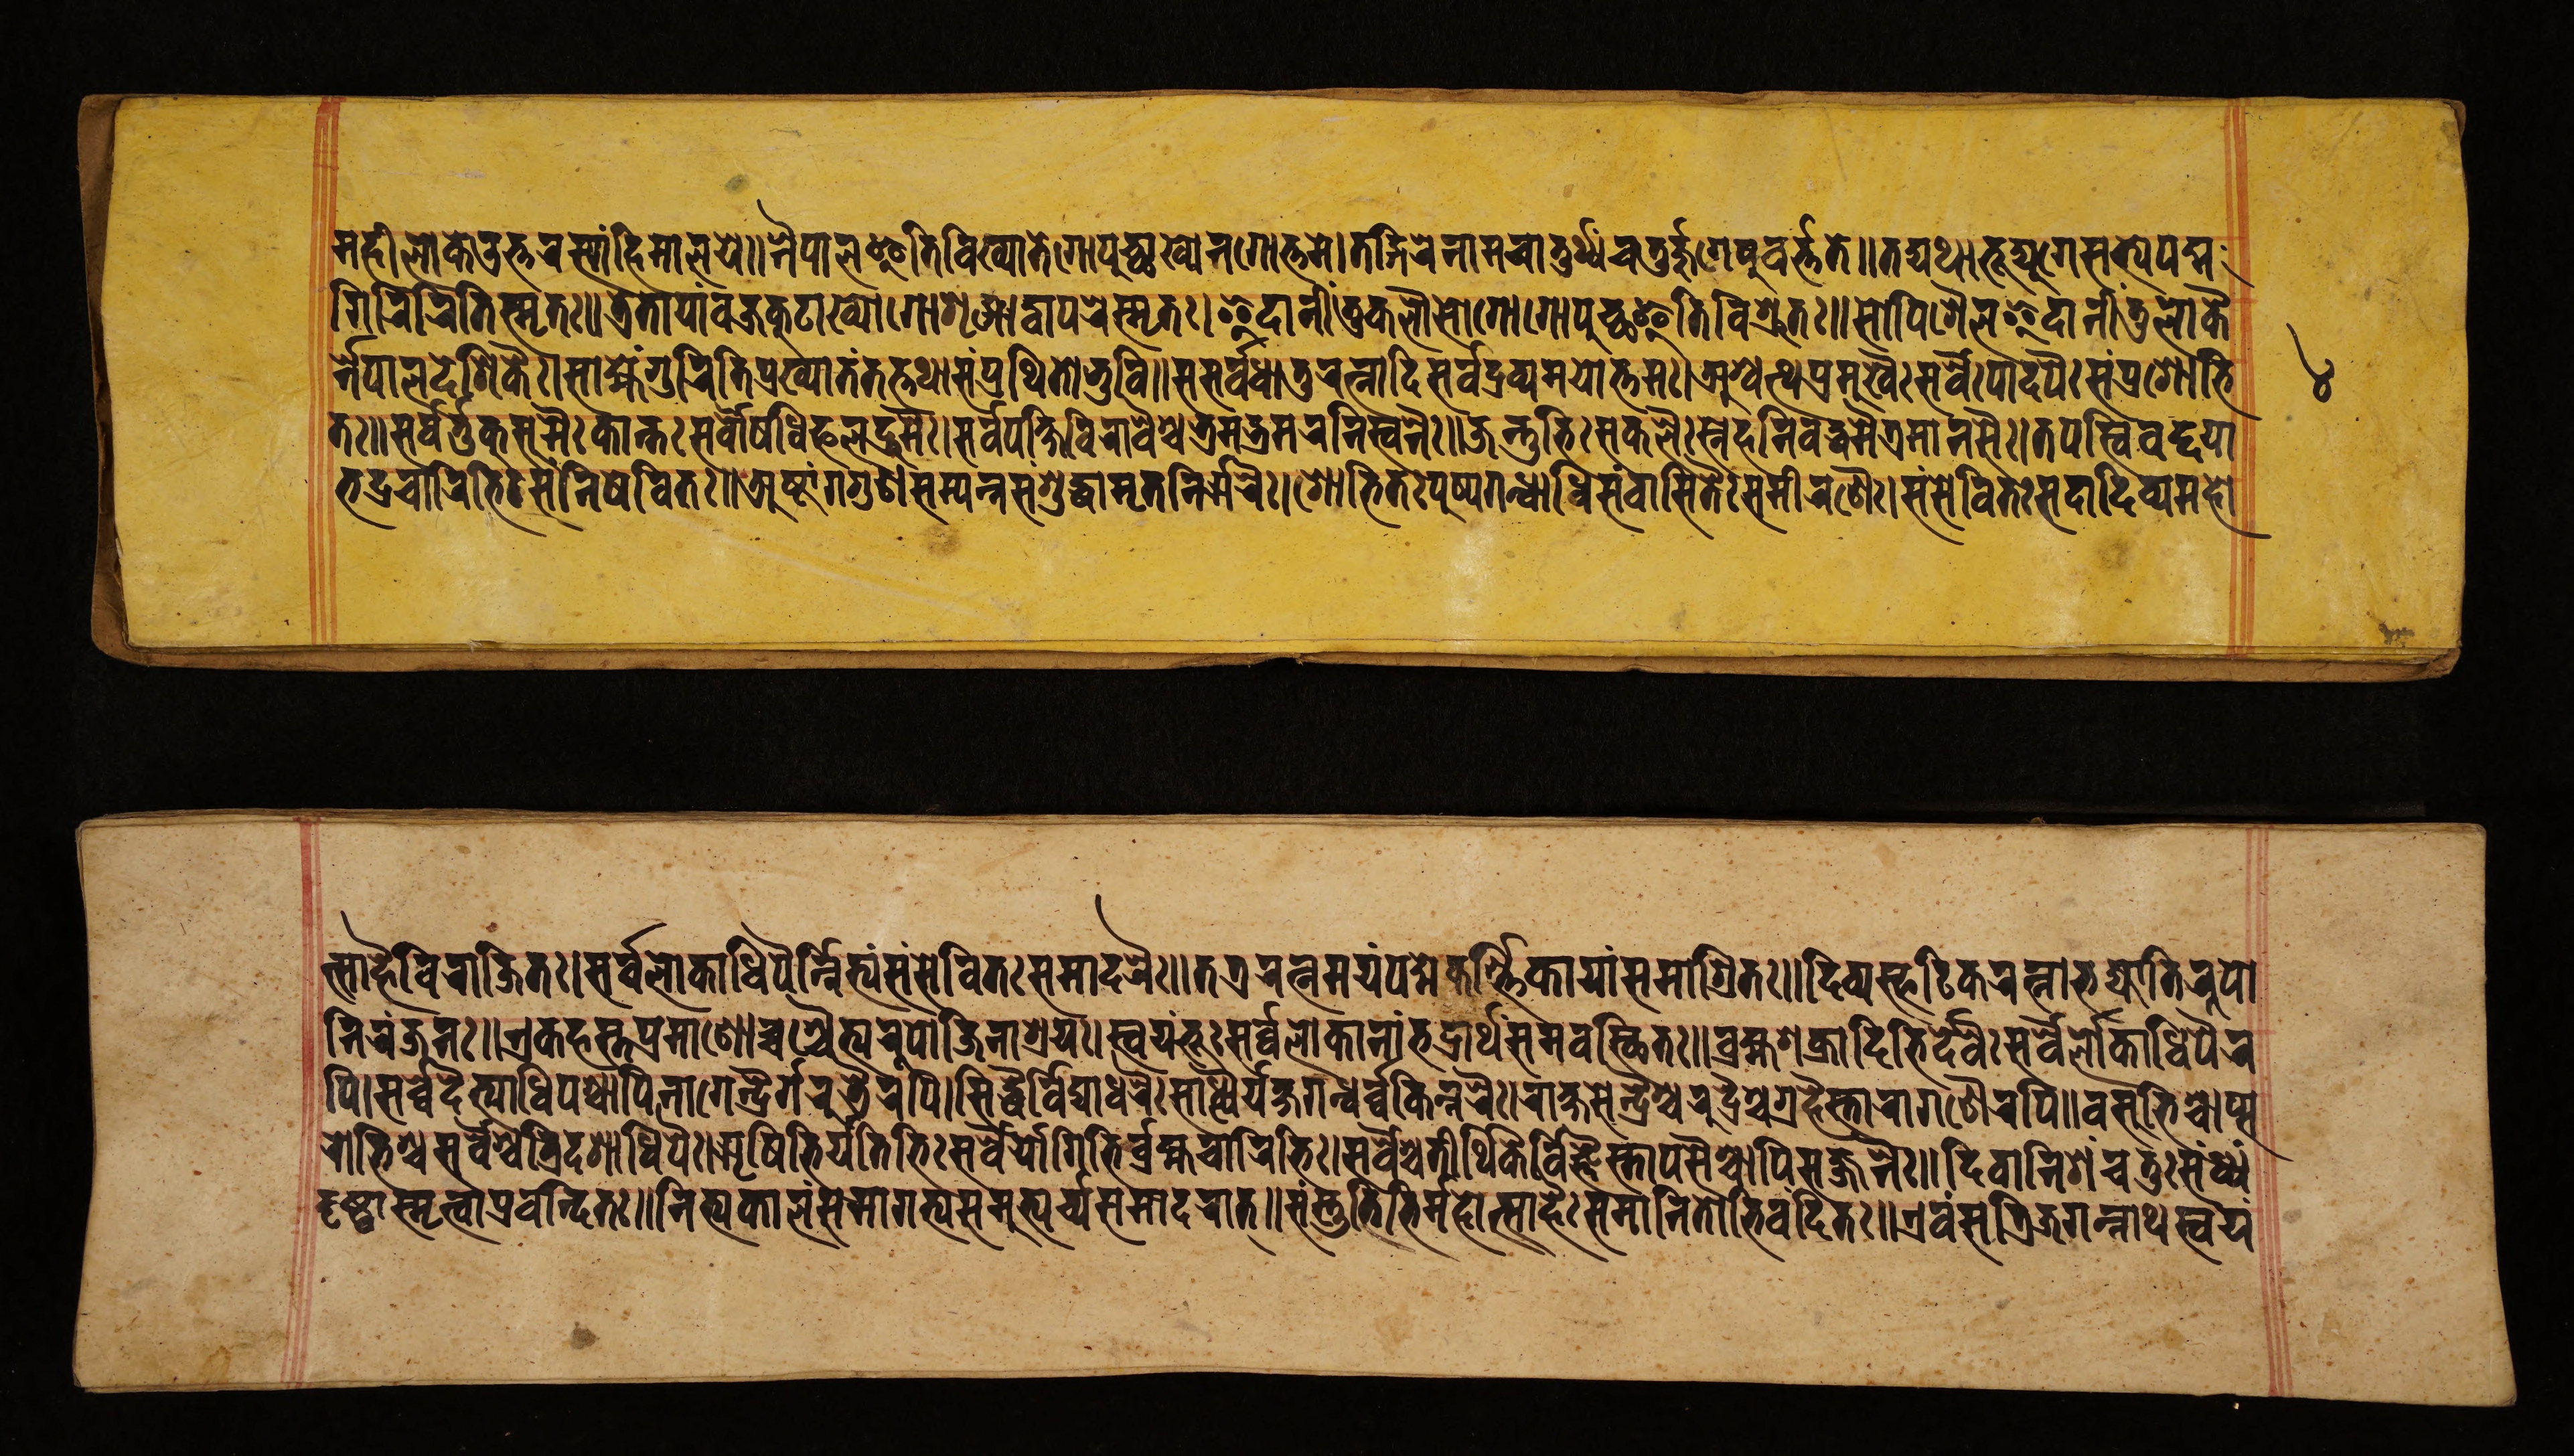
𑐩𑐴𑐷𑐮𑑀𑐎𑐾𑐄𑐟𑑂𑐟𑐬𑐳𑑂𑐫𑐵𑑄𑐴𑐶𑐩𑐵𑐮𑐫𑐾॥𑐣𑐿𑐥𑐵𑐮𑐿𑐟𑐶𑐰𑐶𑐏𑑂𑐫𑐵𑐟𑐾𑐐𑑀𑐥𑐸𑐔𑑂𑐕𑐵𑐏𑑂𑐫𑐾𑐣𑐐𑑀𑐟𑑂𑐟𑐩𑐾।𑐟𑐡𑑂𑐐𑐶𑐬𑐾𑐣𑐵𑐩𑐔𑐵𑐟𑐸𑐬𑑂𑐠𑑂𑐫𑑄𑐔𑐟𑐸𑐬𑑂𑐖𑐸𑐐𑐾𑐲𑐸𑐰𑐬𑑂𑐟𑑂𑐟𑐟𑐾॥𑐟𑐡𑑂𑐫𑐠𑐵𑐨𑐹𑐡𑑂𑐫𑐸𑐐𑐾𑐳𑐟𑑂𑐫𑐾𑐥𑐡𑑂𑐩 𑐐𑐶𑐬𑐶𑐬𑐶𑐟𑐶𑐳𑑂𑐩𑐺𑐟𑑅॥𑐟𑑂𑐬𑐾𑐟𑐵𑐫𑐵𑑄𑐰𑐖𑑂𑐬𑐎𑐹𑐚𑐵𑐏𑑂𑐫𑑀𑐐𑑀𑐱𑐺𑐒𑑂𑐐𑑀𑐡𑑂𑐰𑐵𑐥𑐬𑐾𑐳𑑂𑐩𑐺𑐟𑑅।𑐂𑐡𑐵𑐣𑐷𑑄𑐟𑐸𑐎𑐮𑑁𑐳𑑀𑐐𑑀𑐐𑑀𑐥𑐸𑐔𑑂𑐕𑐿𑐟𑐶𑐰𑐶𑐱𑑂𑐬𑐸𑐟𑑅॥𑐳𑑀𑐥𑐶𑐱𑐿𑐮𑐿𑐡𑐵𑐣𑐷𑑄𑐟𑐸𑐮𑑀𑐎𑐿𑐬𑑂 𑐣𑐾𑐥𑐵𑐮𑐡𑐾𑐱𑐶𑐎𑐿𑑅।𑐳𑐵𑐴𑑂𑐩𑐾𑑄𑐐𑐸𑐬𑐶𑐟𑐶𑐥𑑂𑐬𑐏𑑂𑐫𑐵𑐟𑑄𑐟𑐟𑑂𑐟𑐠𑐵𑐳𑑄𑐥𑑂𑐬𑐠𑐶𑐟𑑀𑐨𑐸𑐰𑐶॥𑐳𑐳𑐬𑑂𑐰𑐢𑐵𑐟𑐸𑐬𑐟𑑂𑐣𑐵𑐡𑐶𑐳𑐬𑑂𑐰𑐡𑑂𑐬𑐰𑑂𑐫𑐩𑐫𑑀𑐟𑑂𑐟𑐩𑑅।𑐀𑐱𑑂𑐰𑐟𑑂𑐠𑐥𑑂𑐬𑐩𑐸𑐏𑐿𑑅𑐳𑐬𑑂𑐰𑐿𑑅𑐥𑐵𑐡𑐥𑐿𑑅𑐳𑑄𑐥𑑂𑐬𑐱𑑀𑐨𑐶 𑐟𑑅॥𑐳𑐬𑑂𑐰𑐬𑑂𑐟𑐸𑐎𑐸𑐳𑐸𑐩𑐿𑑅𑐎𑐵𑐣𑑂𑐟𑐿𑑅𑐳𑐬𑑂𑐰𑑁𑐲𑐢𑐶𑐦𑐮𑐡𑑂𑐬𑐸𑐩𑐿𑑅।𑐳𑐬𑑂𑐰𑐥𑐎𑑂𑐲𑐶𑐰𑐶𑐬𑐵𑐰𑐿𑐱𑑂𑐔𑐨𑑂𑐬𑐩𑐨𑑂𑐬𑐩𑐬𑐣𑐶𑑅𑐳𑑂𑐰𑐣𑐿𑑅॥𑐖𑐣𑑂𑐟𑐸𑐨𑐶𑑅𑐳𑐎𑐮𑐿𑑅𑐳𑑂𑐣𑐾𑐴𑐣𑐶𑐧𑐡𑑂𑐢𑐩𑐿𑐟𑑂𑐬𑐩𑐵𑐣𑐳𑐿𑑅।𑐟𑐥𑐳𑑂𑐰𑐶𑐰𑐡𑑂𑐡𑐫𑐵 𑐨𑐡𑑂𑐬𑐔𑐵𑐬𑐶𑐨𑐶𑑅𑐳𑑄𑐣𑐶𑐲𑐾𑐰𑐶𑐟𑑅॥𑐀𑐲𑑂𑐚𑐵𑑄𑐐𑐐𑐸𑐞𑐳𑐩𑑂𑐥𑐣𑑂𑐣𑐳𑑄𑐱𑐸𑐡𑑂𑐡𑐵𑐩𑐺𑐟𑐣𑐶𑐬𑑂𑐗𑐬𑐿𑑅।𑐱𑑀𑐨𑐶𑐟𑑅𑐥𑐸𑐲𑑂𑐥𑐐𑐣𑑂𑐢𑐵𑐢𑐶𑐳𑑄𑐰𑐵𑐳𑐶𑐟𑐿𑑅𑐳𑐩𑐷𑐬𑐱𑐿𑑅।𑐳𑑄𑐳𑐾𑐰𑐶𑐟𑑅𑐳𑐡𑐵𑐡𑐶𑐰𑑂𑐫𑐩𑐴𑑀 𑐟𑑂𑐳𑐵𑐴𑐿𑐰𑐶𑐬𑐵𑐖𑐶𑐟𑑅।𑐳𑐬𑑂𑐰𑐮𑑀𑐎𑐵𑐢𑐶𑐥𑐿𑐬𑑂𑐣𑑂𑐣𑐶𑐟𑑂𑐫𑑄𑐳𑑄𑐳𑐾𑐰𑐶𑐟𑑅𑐳𑐩𑐵𑐡𑐬𑐿𑑅॥𑐟𑐟𑑂𑐬𑐬𑐟𑑂𑐣𑐩𑐫𑑄𑐥𑐡𑑂𑐩𑐾𑐎𑐬𑑂𑐟𑑂𑐟𑐶𑐎𑐵𑐫𑐵𑑄𑐳𑐩𑐵𑐱𑑂𑐬𑐶𑐟𑑅॥𑐡𑐶𑐰𑑂𑐫𑐳𑑂𑐦𑐚𑐶𑐎𑐬𑐟𑑂𑐣𑐵𑐨𑐖𑑂𑐫𑑀𑐟𑐶𑐬𑐹𑐥𑑀 𑐣𑐶𑐬𑑄𑐖𑐣𑑅॥𑐊𑐎𑐴𑐳𑑂𑐟𑐥𑑂𑐬𑐩𑐵𑐞𑑀𑐔𑑂𑐔𑐱𑑂𑐔𑐿𑐟𑑂𑐫𑐬𑐹𑐥𑐵𑐖𑐶𑐣𑐵𑐱𑑂𑐬𑐫𑑅।𑐳𑑂𑐰𑐫𑑄𑐨𑐹𑑅𑐳𑐬𑑂𑐰𑐮𑑀𑐎𑐵𑐣𑐵𑑄𑐨𑐡𑑂𑐬𑐵𑐬𑑂𑐠𑑄𑐳𑐩𑐰𑐳𑑂𑐠𑐶𑐟𑑅॥𑐧𑑂𑐬𑐴𑑂𑐩𑐱𑐎𑑂𑐬𑐵𑐡𑐶𑐨𑐶𑐬𑑂𑐡𑐾𑐰𑐿𑑅𑐳𑐬𑑂𑐰𑐾𑐮𑑀𑐎𑐵𑐢𑐶𑐥𑐿𑐬 𑐥𑐶।𑐳𑐬𑑂𑐰𑑂𑐰𑐡𑐿𑐟𑑂𑐫𑐵𑐢𑐶𑐥𑐱𑑂𑐔𑐵𑐥𑐶𑐣𑐵𑐐𑐾𑐣𑑂𑐡𑑂𑐬𑐿𑐬𑑂𑐐𑐬𑐸𑐜𑐿𑐬𑐥𑐶॥𑐳𑐶𑐡𑑂𑐢𑐿𑐬𑑂𑐰𑐶𑐡𑑂𑐫𑐵𑐢𑐬𑐿𑑅𑐳𑐵𑐬𑑂𑐡𑑂𑐢𑐿𑐬𑑂𑐫𑐎𑑂𑐲𑐐𑐣𑑂𑐢𑐬𑑂𑐰𑑂𑐰𑐎𑐶𑐣𑑂𑐣𑐬𑐿𑑅।𑐬𑐵𑐎𑑂𑐲𑐳𑐾𑐣𑑂𑐡𑑂𑐬𑐿𑐱𑑂𑐔𑐬𑐸𑐡𑑂𑐬𑐿𑐱𑑂𑐔𑐐𑑂𑐬𑐴𑐿𑐳𑑂𑐟𑐵𑐬𑐵𑐐𑐞𑐿𑐬𑐥𑐶॥𑐰𑐳𑐸𑐨𑐶𑐱𑑂𑐔𑐵𑐥𑑂𑐳 𑐬𑑀𑐨𑐶𑐱𑑂𑐔𑐳𑐬𑑂𑐰𑐿𑐱𑑂𑐔𑐟𑑂𑐬𑐶𑐡𑐱𑐵𑐢𑐶𑐥𑐿𑑅।𑐆𑐲𑐶𑐨𑐶𑐬𑑂𑐫𑐟𑐶𑐨𑐶𑑅𑐳𑐬𑑂𑐰𑐿𑐬𑑂𑐫𑑀𑐐𑐶𑐨𑐶𑐬𑑂𑐧𑑂𑐬𑐴𑑂𑐩𑐔𑐵𑐬𑐶𑐨𑐶𑑅।𑐳𑐬𑑂𑐰𑐿𑐱𑑂𑐔𑐟𑐷𑐬𑑂𑐠𑐶𑐎𑐿𑐬𑑂𑐰𑐶𑐖𑑂𑐘𑐿𑐳𑑂𑐟𑐵𑐥𑐳𑐿𑐱𑑂𑐔𑐵𑐥𑐶𑐳𑐖𑑂𑐖𑐣𑐿𑑅॥𑐡𑐶𑐰𑐵𑐣𑐶𑐱𑑄𑐔𑐟𑐸𑑅𑐳𑑄𑐢𑑂𑐫𑑄 𑐡𑐺𑐲𑑂𑐚𑑂𑐰𑐵𑐳𑑂𑐩𑐺𑐟𑑂𑐰𑐵𑐥𑑂𑐬𑐰𑐣𑑂𑐡𑐶𑐟𑑅॥𑐣𑐶𑐟𑑂𑐫𑐎𑐵𑐮𑑄𑐳𑐩𑐵𑐐𑐟𑑂𑐫𑐳𑐩𑐸𑐨𑑂𑐫𑐬𑑂𑐔𑑂𑐫𑐳𑐩𑐵𑐡𑐬𑐵𑐟𑑂॥𑐳𑑄𑐳𑑂𑐟𑐸𑐟𑐶𑐨𑐶𑐬𑑂𑐩𑐴𑑀𑐟𑑂𑐳𑐵𑐴𑐿𑑅𑐳𑐩𑐵𑐣𑐶𑐟𑑀𑐨𑐶𑐰𑐣𑑂𑐡𑐶𑐟𑑅॥𑐊𑐰𑑄𑐳𑐟𑑂𑐬𑐶𑐖𑐐𑐣𑑂𑐣𑐵𑐠𑐳𑑂𑐰𑐫𑑄 𑑔